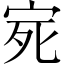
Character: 𭓩